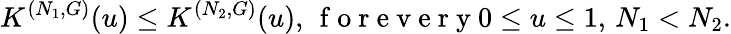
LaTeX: K^{(N_{1},G)}(u)\le K^{(N_{2},G)}(u),\, \mathrm{~f~o~r~e~v~e~r~y~}0\le u\le 1,\, N_{1}<N_{2}.